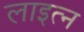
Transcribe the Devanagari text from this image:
लाइत्न